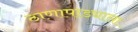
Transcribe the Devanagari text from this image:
ठाणापाड्याला